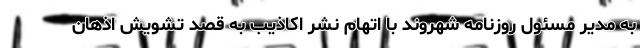
به مدیر مسئول روزنامه شهروند با اتهام نشر اکاذیب به قصد تشویش اذهان